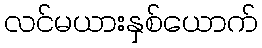
လင်မယားနှစ်ယောက်